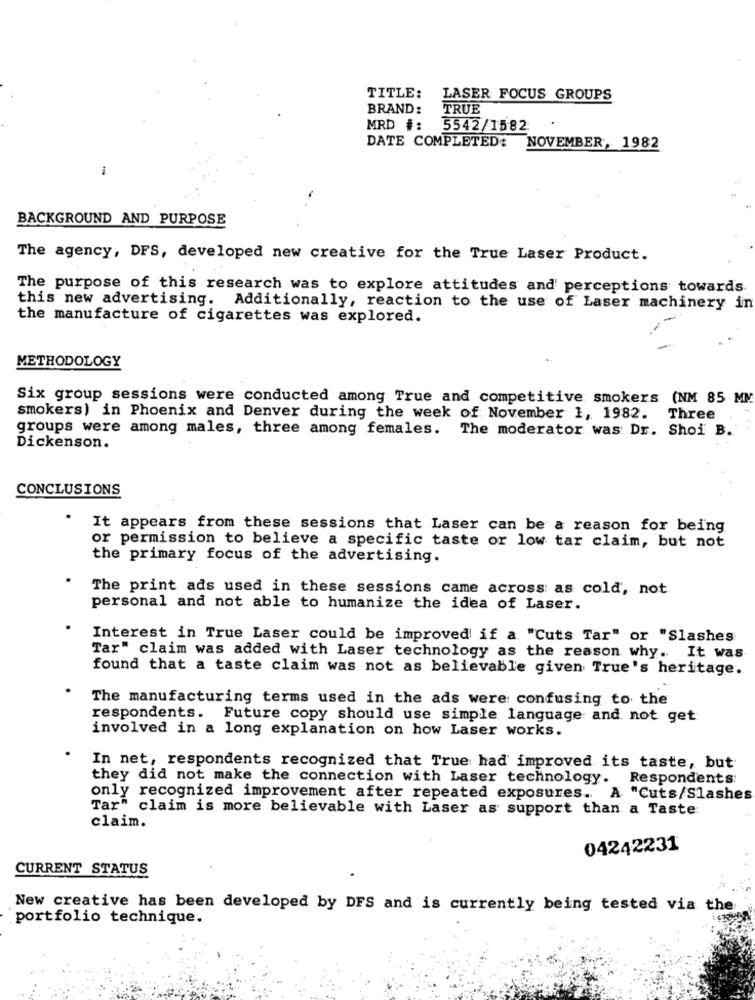
TITLE:
LASER FOCUS GROUPS
BRAND:
TRUE
MRD #: 5542/1582.
DATE COMPLETED:
NOVEMBER, 1982
BACKGROUND AND PURPOSE
The agency, DFS, developed new creative for the True Laser Product.
The purpose of this research was to explore attitudes and' perceptions towards.
this new advertising. Additionally, reaction to the use of Laser machinery in
the manufacture of cigarettes was explored.
METHODOLOGY
Six group sessions were conducted among True and competitive smokers (NM 85 MM
smokers) in Phoenix and Denver during the week of November I, 1982.
Three
groups were among males, three among females. The moderator was Dr. Shoi B.
Dickenson.
CONCLUSIONS
It appears from these sessions that Laser can be a reason for being
or permission to believe a specific taste or low tar claim, but not
the primary focus of the advertising.
The print ads used in these sessions came across as cold, not.
personal and not able to humanize the idea of Laser.
Interest in True Laser could be improved if a "Cuts Tar" or "Slashes
Tar" claim was added with Laser technology as the reason why ..
It was
found that a taste claim was not as believable given True's heritage.
The manufacturing terms used in the ads were confusing to the
respondents. Future copy should use simple language and not get
involved in a long explanation on how Laser works.
In net, respondents recognized that True had improved its taste, but
they did not make the connection with Laser technology. Respondents:
only recognized improvement after repeated exposures. A "Cuts/Slashes
Tar" claim is more believable with Laser as support than a Taste
claim.
04242231
CURRENT STATUS
New creative has been developed by DFS and is currently being tested via the
portfolio technique.